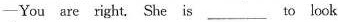
-You are right. She is ___ to look